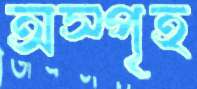
অস্পৃহ